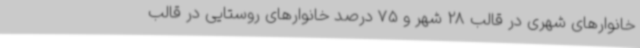
خانوارهای شهری در قالب 28 شهر و 75 درصد خانوارهای روستایی در قالب